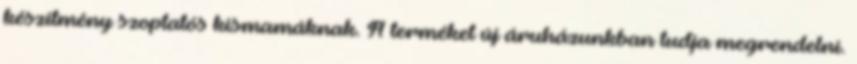
készítmény szoptatós kismamáknak. A terméket új áruházunkban tudja megrendelni.